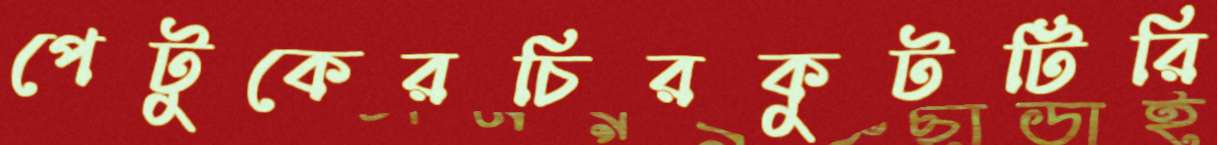
পেটুকেরচিরকুটটিরি